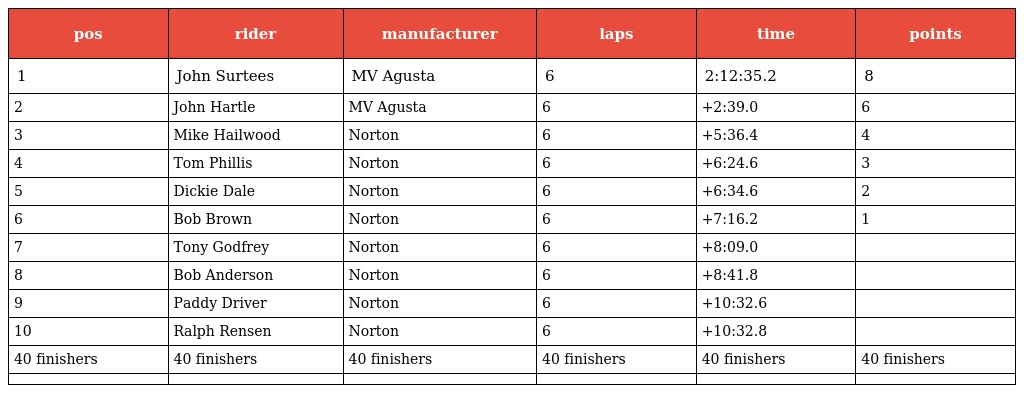
| pos | rider | manufacturer | laps | time | points |
 | --- | --- | --- | --- | --- | --- |
 | 1 | John Surtees | MV Agusta | 6 | 2:12:35.2 | 8 |
 | 2 | John Hartle | MV Agusta | 6 | +2:39.0 | 6 |
 | 3 | Mike Hailwood | Norton | 6 | +5:36.4 | 4 |
 | 4 | Tom Phillis | Norton | 6 | +6:24.6 | 3 |
 | 5 | Dickie Dale | Norton | 6 | +6:34.6 | 2 |
 | 6 | Bob Brown | Norton | 6 | +7:16.2 | 1 |
 | 7 | Tony Godfrey | Norton | 6 | +8:09.0 |  |
 | 8 | Bob Anderson | Norton | 6 | +8:41.8 |  |
 | 9 | Paddy Driver | Norton | 6 | +10:32.6 |  |
 | 10 | Ralph Rensen | Norton | 6 | +10:32.8 |  |
 | 40 finishers | 40 finishers | 40 finishers | 40 finishers | 40 finishers | 40 finishers |
 |  |  |  |  |  |  |